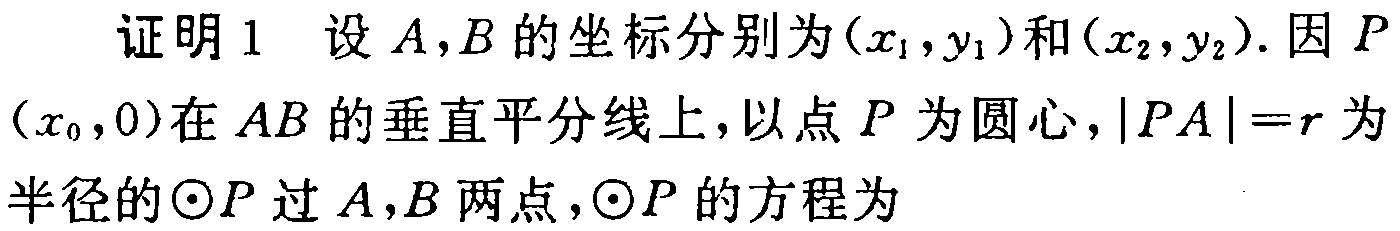
证明1 设 \(A,B\) 的坐标分别为 \((x_1,y_1)\) 和 \((x_2,y_2)\). 因 \(P\) \((x_0,0)\) 在 \(AB\) 的垂直平分线上，以点 \(P\) 为圆心，\(\vert PA\vert = r\) 为半径的 \(\odot P\) 过 \(A,B\) 两点，\(\odot P\) 的方程为